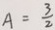
A = \frac { 3 } { 2 }